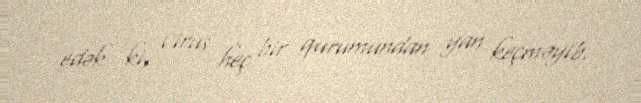
edək ki, virus heç bir qurumundan yan keçməyib.